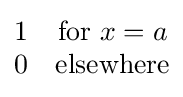
{\begin{matrix}1&{\mbox{for }}x=a\\0&{\mbox{elsewhere}}\end{matrix}}